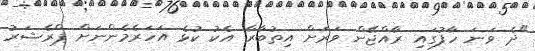
"ދެ ވަނަ ހާފުގައި ރާއްޖޭން ވަރަށް އިތުބާރާ އެކު ކުޅެ އަހަރެމެންނަށް ޕްރެޝަރު